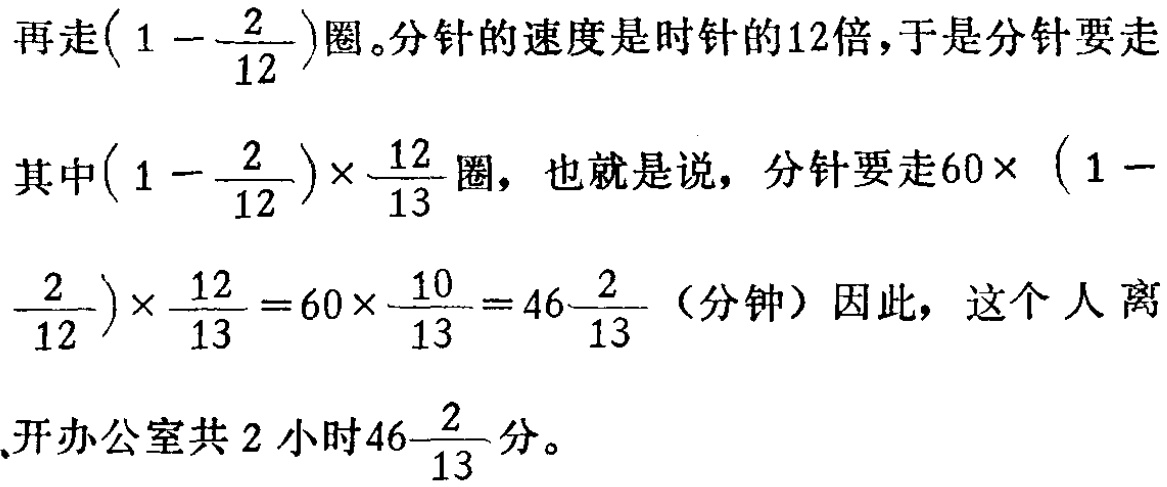
再走\((1 - \frac{2}{12})\)圈。分针的速度是时针的12倍，于是分针要走

其中\((1 - \frac{2}{12})×\frac{12}{13}\)圈，也就是说，分针要走\(60× (1 - \frac{2}{12})×\frac{12}{13}=60×\frac{10}{13}=46\frac{2}{13}\)（分钟）因此，这个人离

开办公室共2小时\(46\frac{2}{13}\)分。